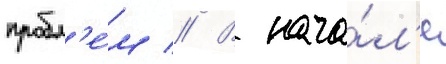
пробл'е́м // В нача́л'е